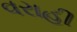
વરાહી